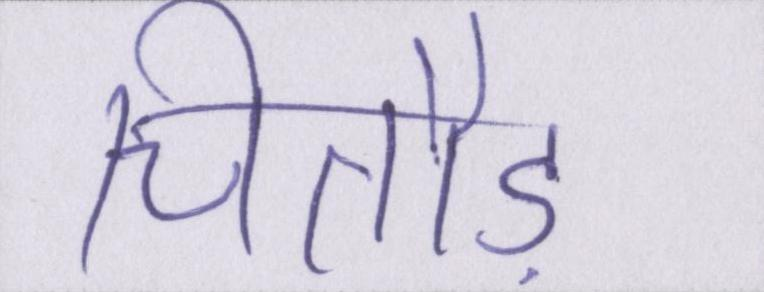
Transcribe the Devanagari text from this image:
चितौड़